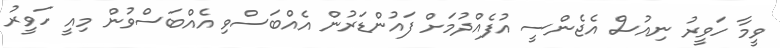
ވީމާ ހަވީރު ނިއުސް އެޖެންސީ އުފެއްދުމަށް ފައުންޑަރުން އެއްބަސްވި އެއްބަސްވުން މިއީ ހަވީރު